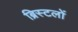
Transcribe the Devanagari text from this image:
ब्रिस्टलों